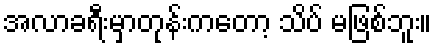
အလာခရီးမှာတုန်းကတော့ သိပ် မဖြစ်ဘူး။